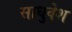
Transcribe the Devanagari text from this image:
साधुवेश